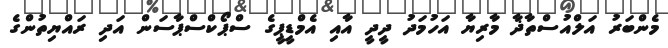
މެންބަރު އަލްއުސްތާޛާ މާރިޔާ އަހުމަދު ދީދީ އާއި އެމްޑީޕީގެ ސްޕޯކްސްޕާސަން އަދި ރައްޔިތުންގެ